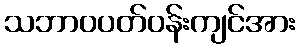
သဘာဝပတ်ဝန်းကျင်အား